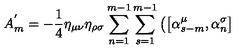
A _ { m } ^ { ' } = - \frac { 1 } { 4 } { \eta } _ { \mu \nu } { \eta } _ { \rho \sigma } \sum _ { n = 1 } ^ { m - 1 } \sum _ { s = 1 } ^ { m - 1 } \left( \left[ { \alpha } _ { s - m } ^ { \mu } , { \alpha } _ { n } ^ { \sigma } \right] \right.